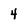
Character: 4